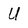
Character: U